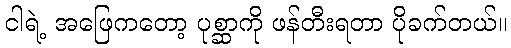
ငါရဲ့ အဖြေကတော့ ပုစ္ဆာကို ဖန်တီးရတာ ပိုခက်တယ်။